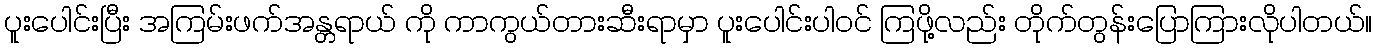
ပူးပေါင်းပြီး အကြမ်းဖက်အန္တရာယ် ကို ကာကွယ်တားဆီးရာမှာ ပူးပေါင်းပါဝင် ကြဖို့လည်း တိုက်တွန်းပြောကြားလိုပါတယ်။